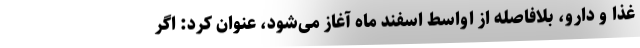
غذا و دارو، بلافاصله از اواسط اسفند ماه آغاز می‌شود، عنوان کرد: اگر